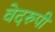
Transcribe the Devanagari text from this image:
वेदरुपी